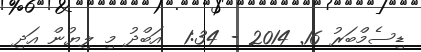
ޑިސެމްބަރު 16